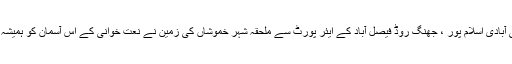
چک 66 ج – ب دھاندرہ کی ذیلی آبادی اسلام پور ، جھنگ روڈ فیصل آباد کے ایئر پورٹ سے ملحقہ شہر خموشاں کی زمین نے نعت خوانی کے اس آسمان کو ہمیشہ کے لیے اپنے دامن میں چھپا لیا ۔